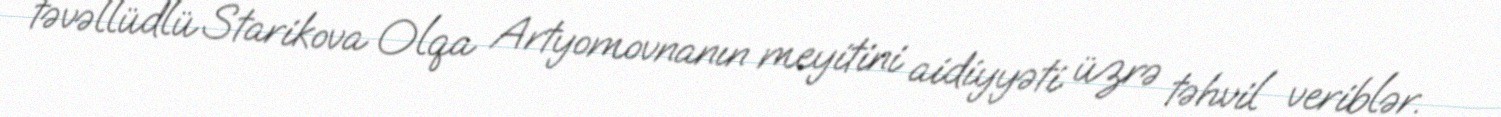
təvəllüdlü Starikova Olqa Artyomovnanın meyitini aidiyyəti üzrə təhvil veriblər.